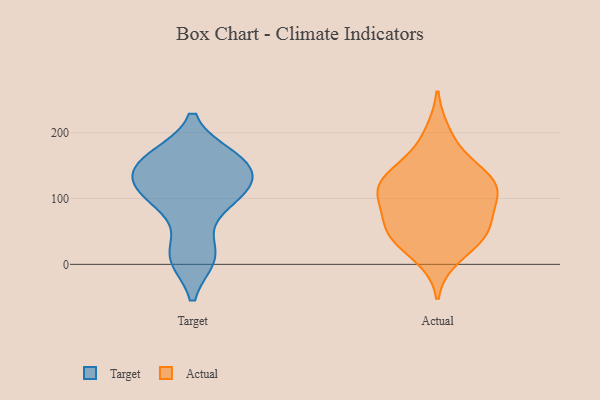
{"axis": {"x": "Waste Production (Tons)", "y": "Value"}, "legend": ["Actual", "Target"], "data": [{"x": "", "y": 163, "type": "Target"}, {"x": "", "y": 115, "type": "Target"}, {"x": "", "y": 102, "type": "Target"}, {"x": "", "y": 128, "type": "Target"}, {"x": "", "y": 117, "type": "Target"}, {"x": "", "y": 13, "type": "Target"}, {"x": "", "y": 13, "type": "Target"}, {"x": "", "y": 154, "type": "Target"}, {"x": "", "y": 112, "type": "Target"}, {"x": "", "y": 11, "type": "Target"}, {"x": "", "y": 83, "type": "Target"}, {"x": "", "y": 158, "type": "Target"}, {"x": "", "y": 148, "type": "Target"}, {"x": "", "y": 162, "type": "Target"}, {"x": "", "y": 123, "type": "Actual"}, {"x": "", "y": 47, "type": "Actual"}, {"x": "", "y": 160, "type": "Actual"}, {"x": "", "y": 199, "type": "Actual"}, {"x": "", "y": 101, "type": "Actual"}, {"x": "", "y": 137, "type": "Actual"}, {"x": "", "y": 58, "type": "Actual"}, {"x": "", "y": 98, "type": "Actual"}, {"x": "", "y": 38, "type": "Actual"}, {"x": "", "y": 62, "type": "Actual"}, {"x": "", "y": 11, "type": "Actual"}, {"x": "", "y": 123, "type": "Actual"}, {"x": "", "y": 45, "type": "Actual"}, {"x": "", "y": 126, "type": "Actual"}, {"x": "", "y": 104, "type": "Actual"}]}